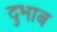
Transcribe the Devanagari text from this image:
दुभाब